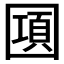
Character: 𰉔